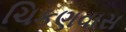
ચિકણવાસ